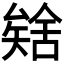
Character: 𮀈